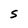
Character: S